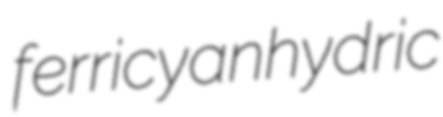
ferricyanhydric